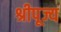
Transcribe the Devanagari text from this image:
श्रीपूज्य